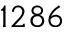
1 2 8 6